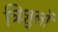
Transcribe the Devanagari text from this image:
त्रिशुलों